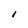
Character: 1